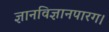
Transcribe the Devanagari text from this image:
ज्ञानविज्ञानपारग।